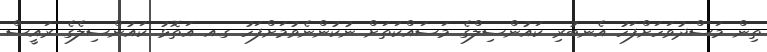
ތިން މަސްދުވަހަށްފަހު އެނބުރި ކައުންސިލްގެ މަސައްކަތަށް ނުކުންނެވުމަށްފަހު ގ.އ އަތޮޅު ކައުންސިލެގެ ރައީސް